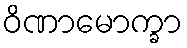
ဝိဏာမောက္ခာ